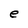
Character: e